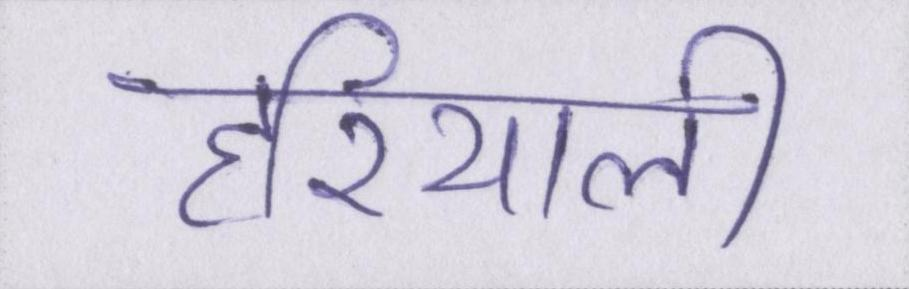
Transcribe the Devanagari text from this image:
हरियाली